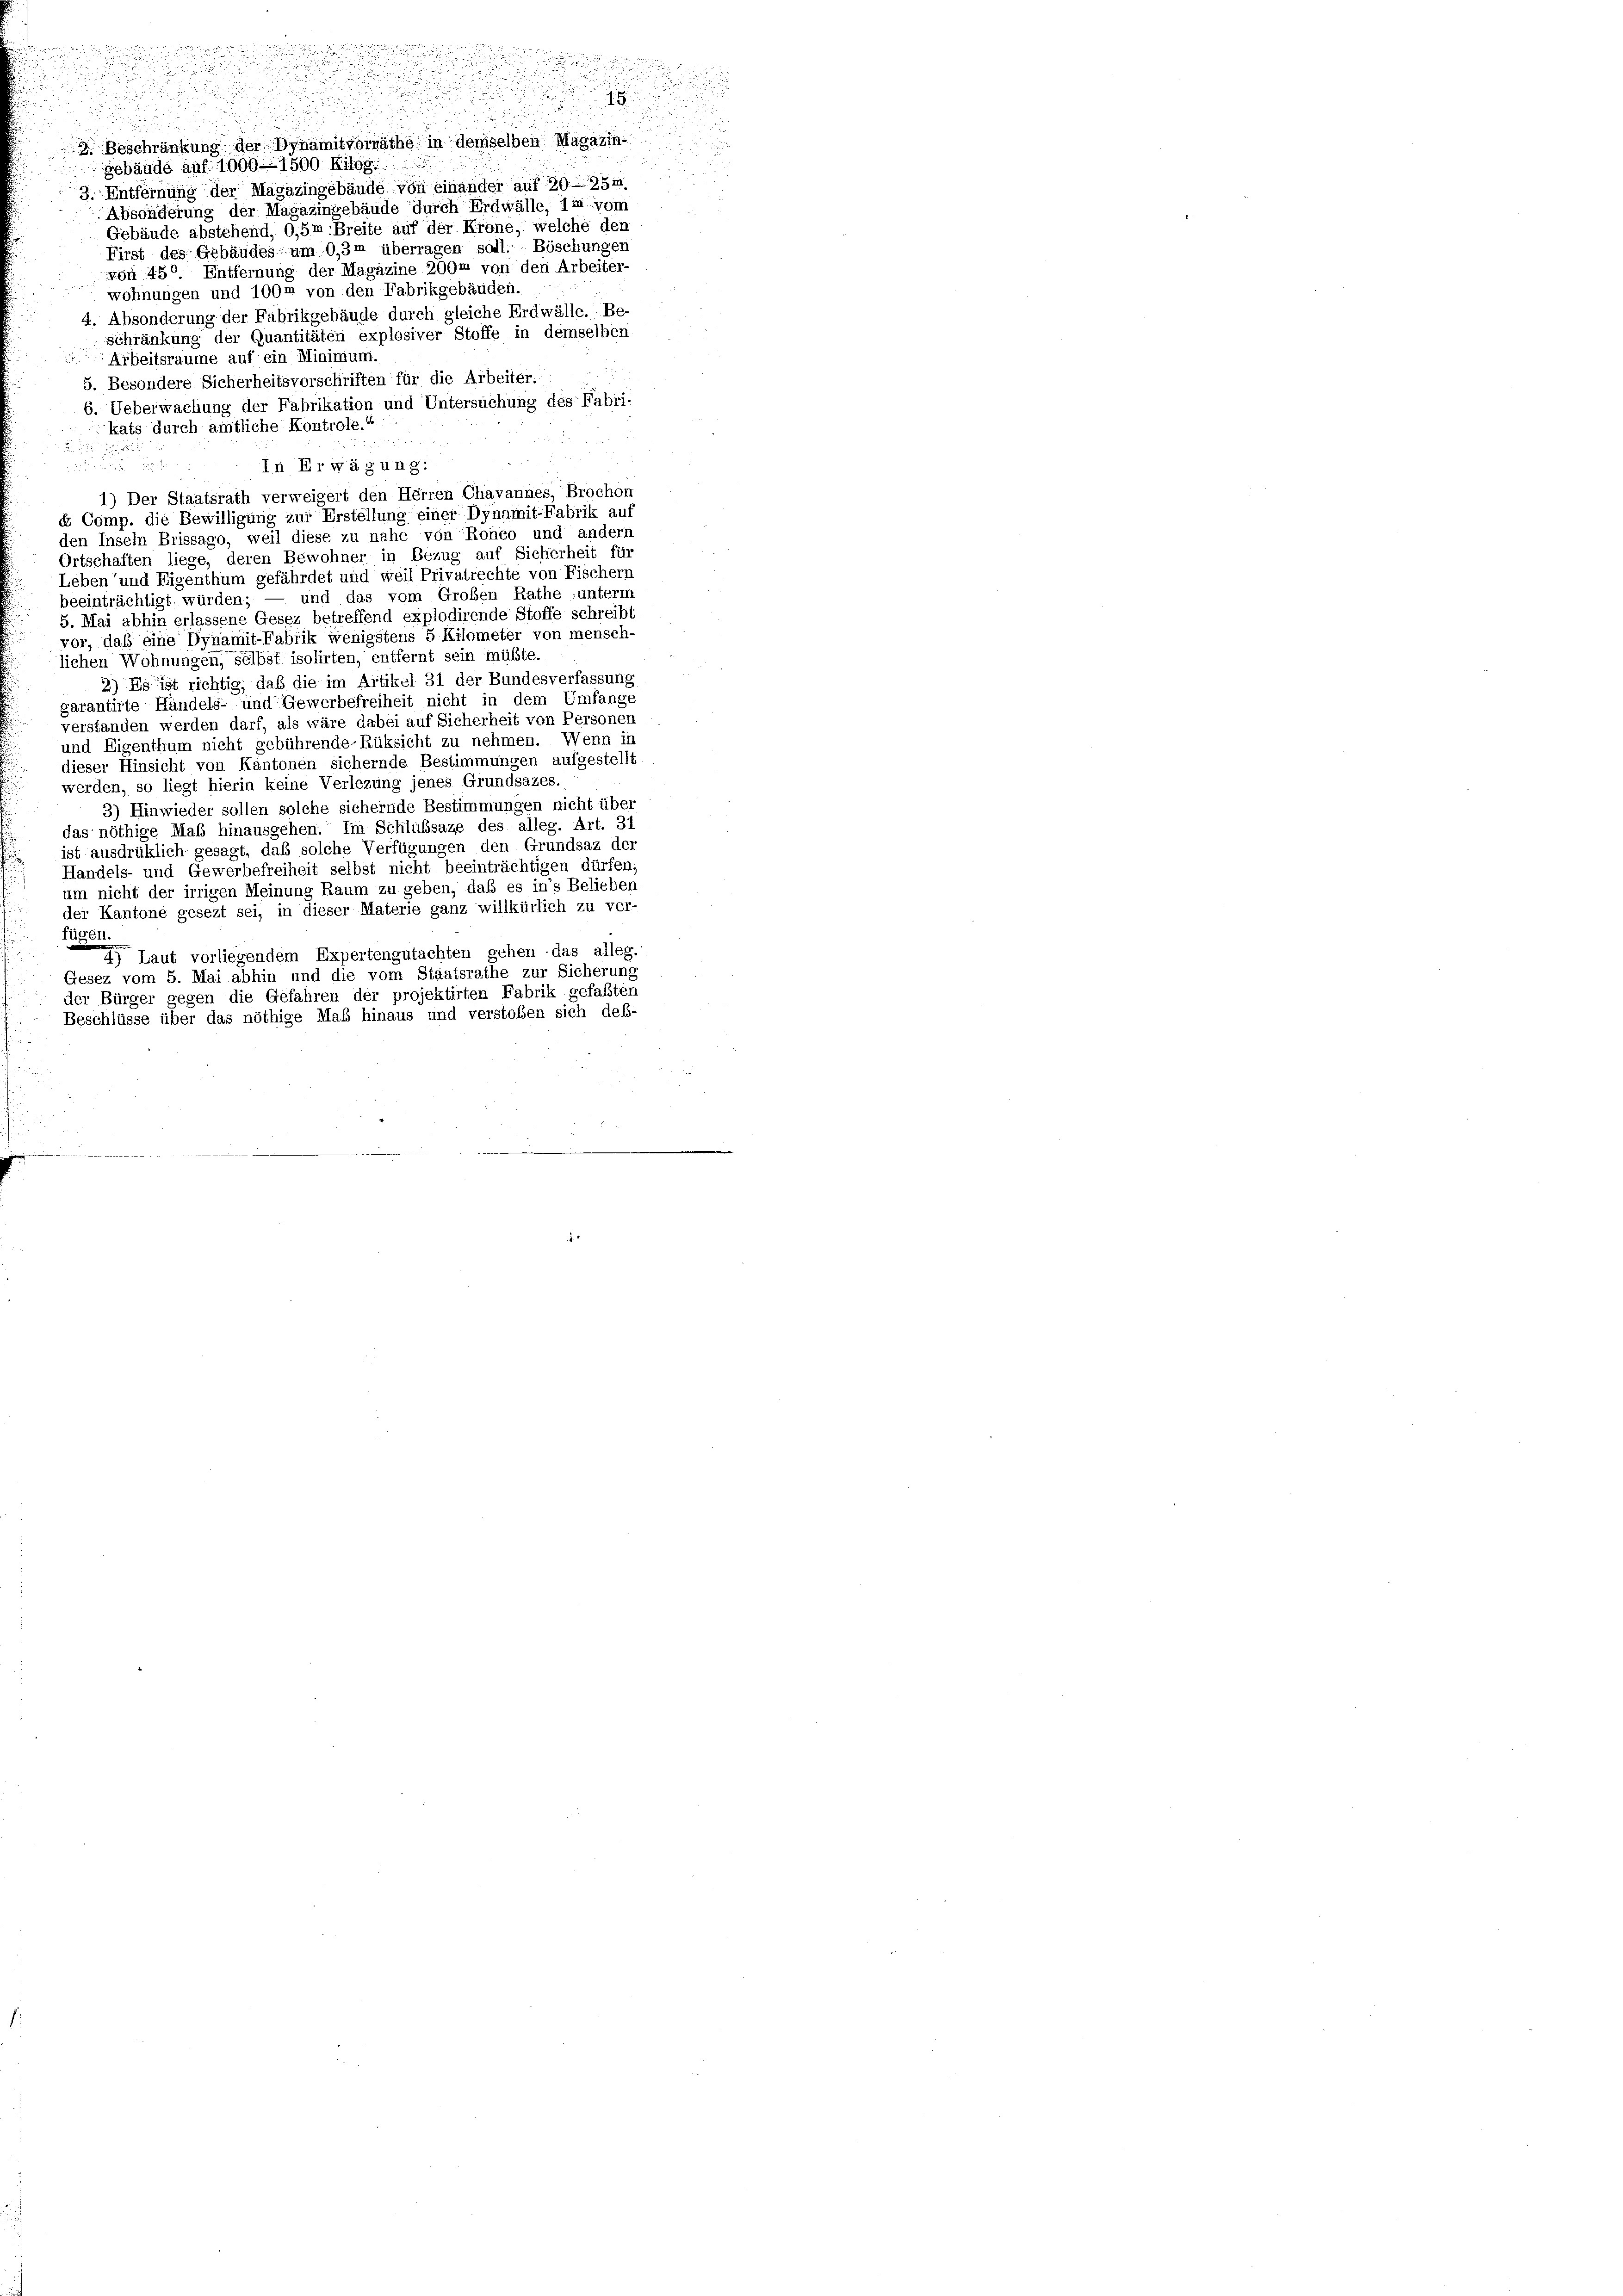
u

2. Beschränkung der Dynamitvorräthe in demselben Magazin-
gebäude auf 1000. 1500 Kilog.
3. Entfernung der Magazingebäude von einander auf 20—25m
Absonderung der Magazingebäude durch Erdwälle, 1m vom
Gebäude abstehend, 0,5m Breite auf der Krone, welche den
First des Gebäudes um 0,3m überragen soll. Böschunger
von 450. Entfernung der Magazine 200m von den Arbeiter-
wohnungen und 100m von den Fabrikgebäuden.
4. Absonderung der Fabrikgebäude durch gleiche Erdwälte. Be-
schränkung der Quantitäten explosiver Stoffe in demselben
Arbeitsraume auf ein Minimum.
5. Besondere Sicherheitsvorschriften für die Arbeiter.
6. Ueberwachung der Fabrikation und Untersuchung des Fabri-
kats durch amtliche Kontrole.
2
2
In Erwägung:
uit de
1) Der Staatsrath verweigert den Herren Chavannes, Brochen
e Comp. die Bewilligung zur Erstellung einer Dynamit-Fabrik auf
den Inseln Brissago, weil diese zu nahe von Ronco und andern
Ortschaften liege, deren Bewohner in Bezug auf Sicherheit für
Leben und Eigenthum gefährdet und weil Privatrechte von Fischern
beeinträchtigt würden; — und das vom Großen Rathe : untern
5. Mai abhin erlassene Gesez betreffend explodirende Stoffe schreibt
vor, daß eine Dynamit-Fabrik wenigstens 5 Kilometer von mensch-
lichen Wohnungen, selbst isolirten, entfernt sein müßte.
2) Es ist richtig, daß die im Artikel 31 der Bundesverfassung
garantirte Händels- und Gewerbefreiheit nicht in dem Umfange
verstanden werden darf, als wäre dabei auf Sicherheit von Personen
und Eigenthum nicht gebührende-Rüksicht zu nehmen. Wenn in
dieser Hinsicht von Kantonen sichernde Bestimmungen aufgestellt
werden, so liegt hierin keine Verlegung jenes Grundsazes
3) Hinwieder sollen solche sichernde Bestimmungen nicht über
das nöthige Maß hinausgehen. Im Schlußsaze des alleg. Art. 31
ist ausdrüklich gesagt, daß solche Verfügungen den Grundsaz der
Handels- und Gewerbefreiheit selbst nicht beeinträchtigen dürfen
um nicht der irrigen Meinung Raum zu geben, daß es ins Belieben
der Kantone gesezt sei, in dieser Materie ganz willkürlich zu ver-
fügen.
 Laut vorliegendem Expertengutachten gehen das alleg.
Gesez vom 5. Mai abhin und die vom Staatsrathe zur Sicherung
der Bürger gegen die Gefahren der projektirten Fabrik gefaßten
Beschlüsse über das nöthige Mab hinaus und verstoßen sich deß-

u